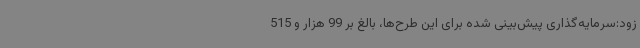
زود:سرمایه‌گذاری پیش‌بینی شده برای این طرح‌ها، بالغ بر 99 هزار و 515